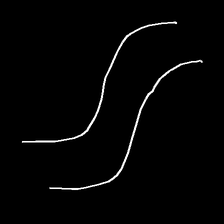
Glyph: float